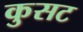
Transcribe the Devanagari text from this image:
कुसट